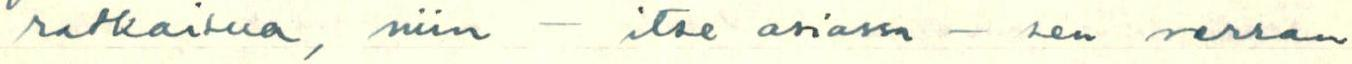
ratkaisua, niin - itse asiassa - sen verran